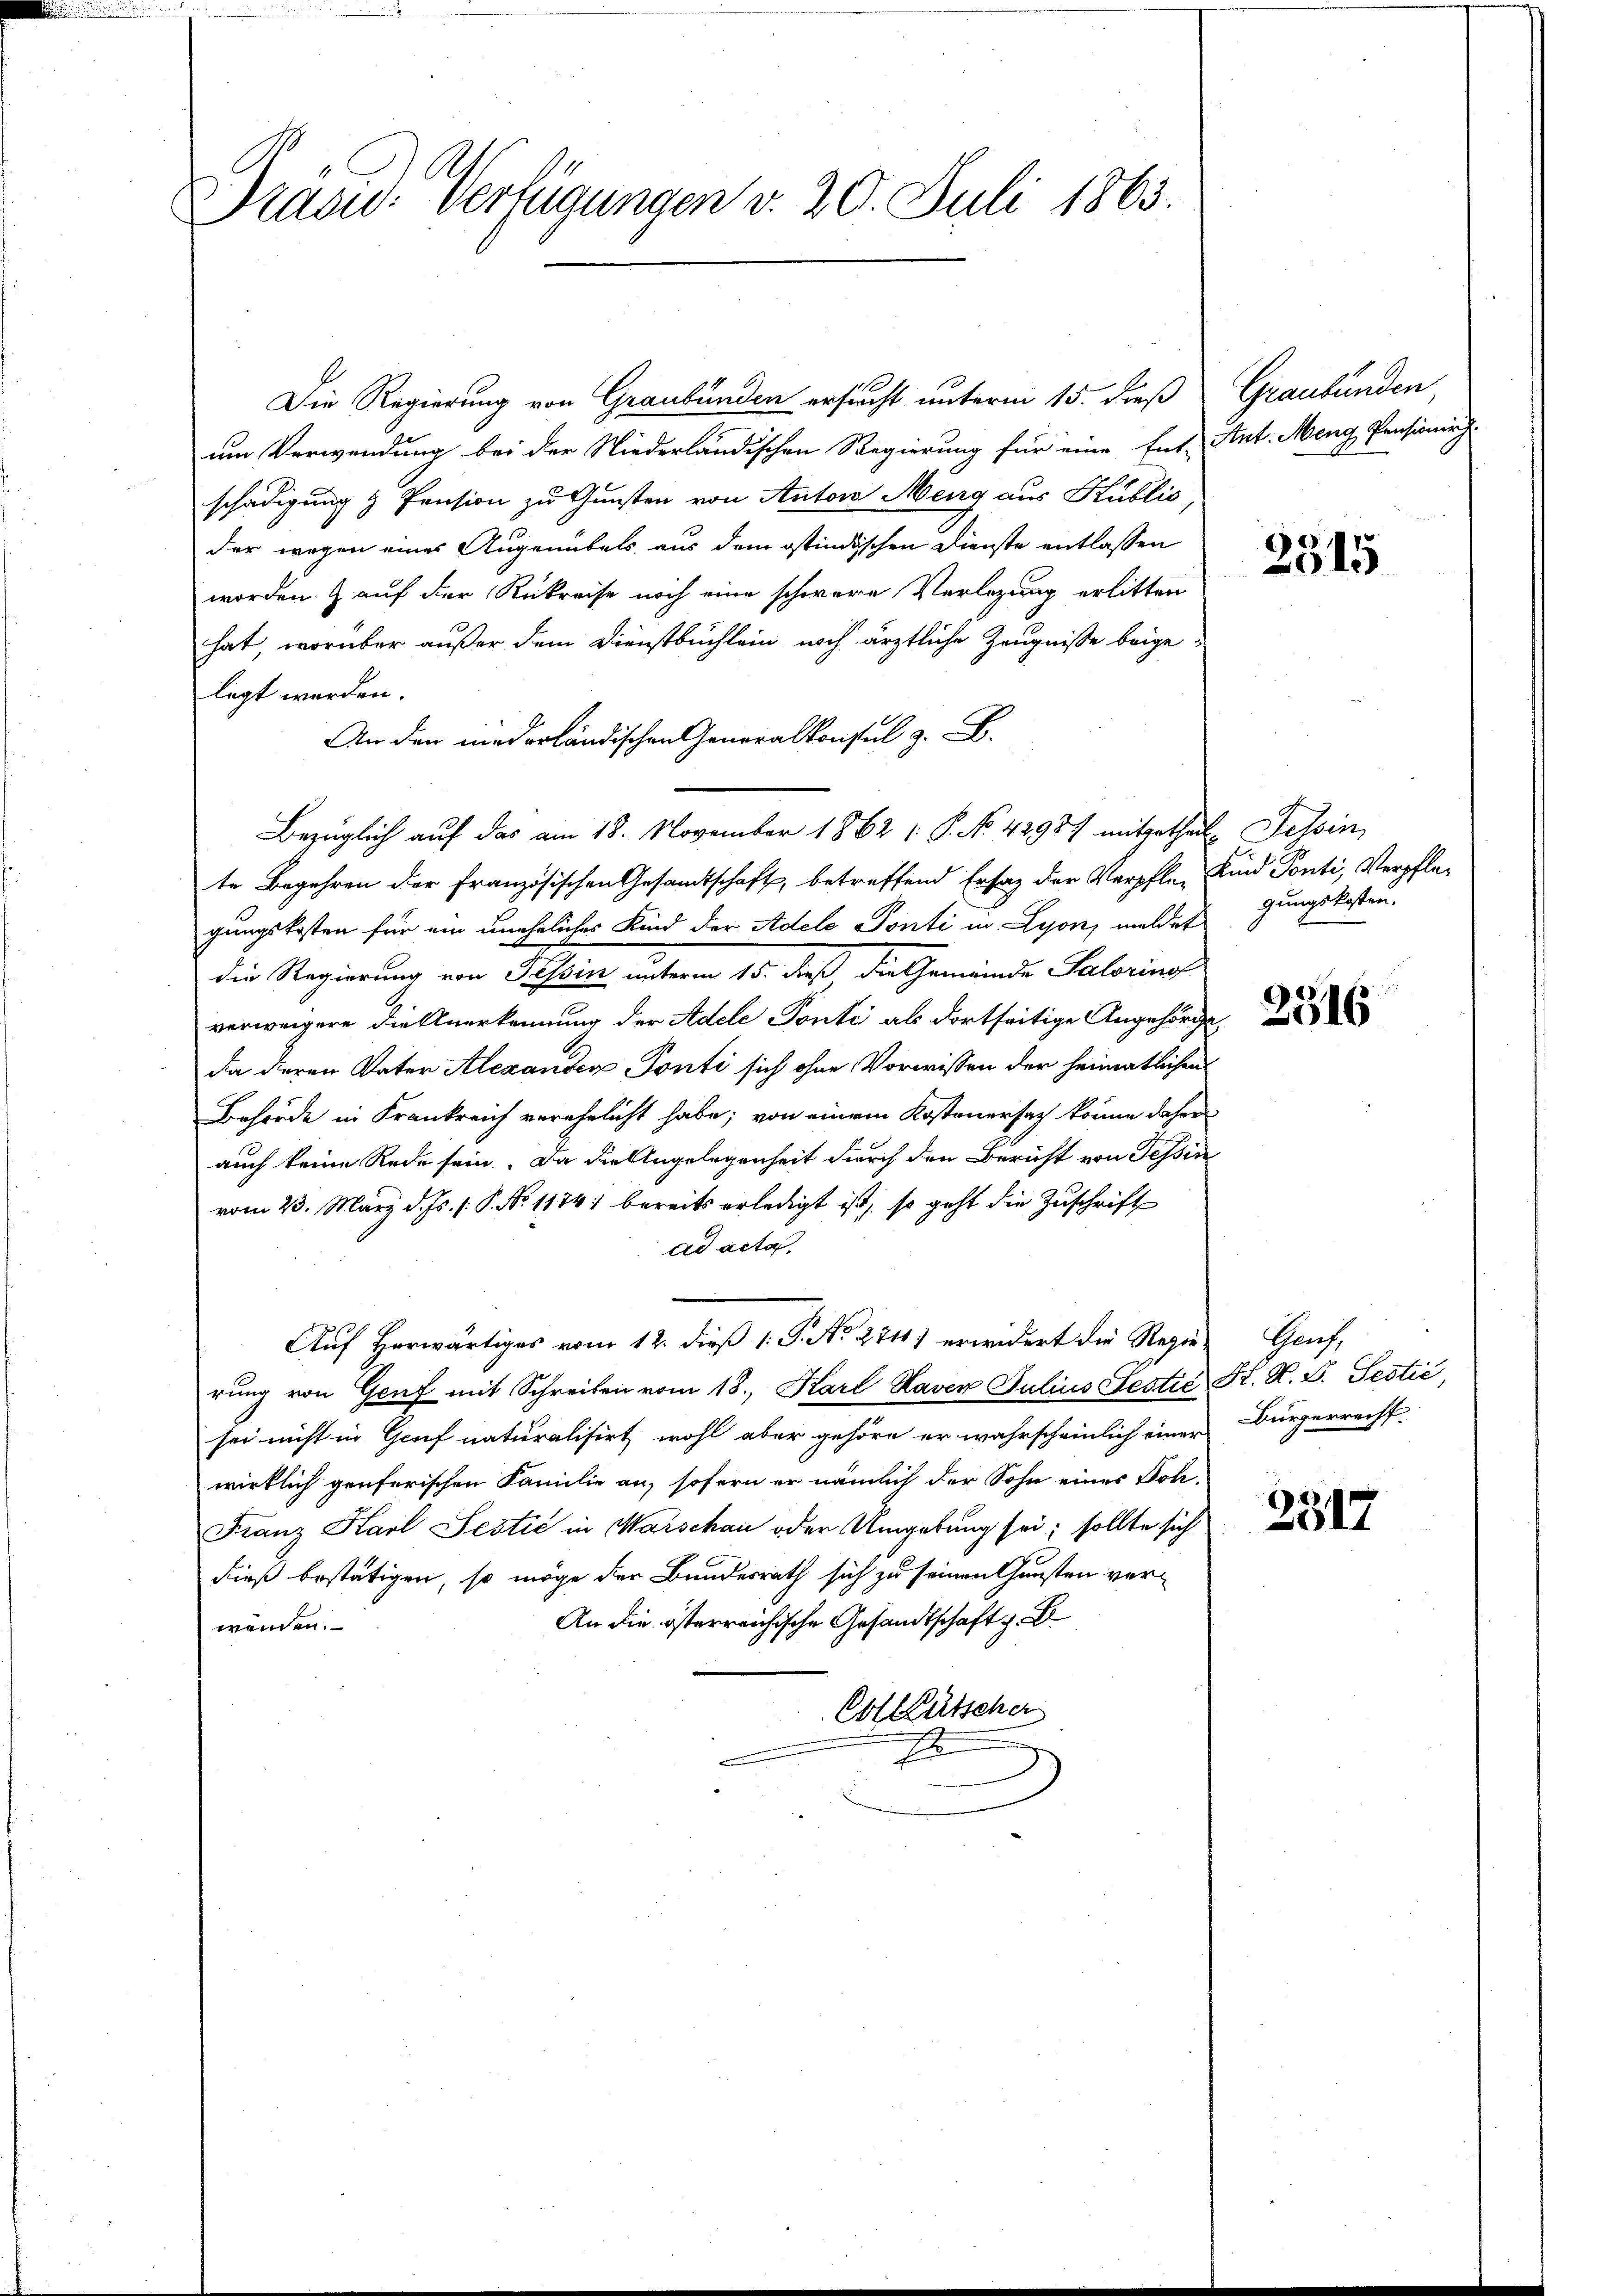
Präsid.: Verfügungen v. 20. Juli 1863.

Die Regierung von Graubünden ersucht unterm 15. dieß Graubünden,
um Verwendung bei der Niederländischen Regierung für eine Ent-Ant. Meng, Pensionir
schädigung & Pension zu Gunsten von Anton Meng aus Hublio
der wegen eines Augenübels aus dem ostindischen Dienste entlassen
worden. Z. auf der Rükreise noch eine schwere Verlegung erlitten
hat, worüber außer dem Dienstbuchlein noch ärztliche Zeugnisse beigelegt worden.
An den mederländischen Generalkonsul z. B.
te Begehren der Französischen Gesandtschaft, betreffend Erlag der Verpfle- Kind Ponti, Verpflegungskosten für ein uneheliches Kind der Adele Ponti in Lyon, meldet
die Regierung von Tessin unterm 15. daß die Gemeinde Salorins
verweigere die Anerkennung der Adele Ponte als dortseitige Angehörde
da deren Vater Alexanden Ponti sich ohne Vorwissen der heimatlichen
Behörde in Krankreich verehelicht habe; von einem Kostenersach könne daher
auch keine Rede sein. Da die Angelegenheit durch den Bericht von Tessin
vom 23. März d. Js. s. S. No 1174) bereits erledigt ist, so geht die Zuschrift
ad acta
Auf Horwärtiges vom 12. dieß 1. P. No 281) erwidert die Regie Genf,
rung von Genf mit Schreiben vom 18., Karl Haven Julius Sectić K. R. V. Sectić,
sei nicht in Genf naturalisirt wohl aber gehöre er wahrscheinlich einer Bürgerrecht
wirklich genferischen Familie an, sofern er nämlich der Sohn eines Soh¬
Franz Harl Sectić in Marschau oder Umgebung sei; sollte sich
dieß bestätigen, so möge der Bundesrath sich zu seinen Gunsten ver¬
An die österreichische Gesandtschaft z. B
wenden.
Obl Lütscher
E

Bezüglich auf das am 18. November 1862 /: P. No. 42987 mitgetheil. Tessin,

2515

gungskosten.